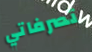
تصرفاتي